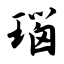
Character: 瑙